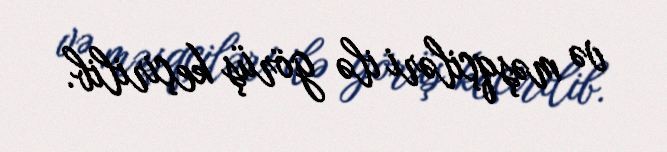
və məşqçiləri ilə görüş keçirilib.